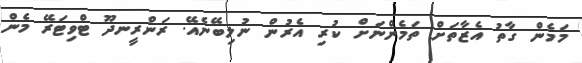
މަމެން ގާތު އެޒާތަށް ތަމެންނަށް ކުރި އެރުން ނުލިބޭނެއޭ. ރަންރީނދޫ ޓްވިޓަރޭ މެން